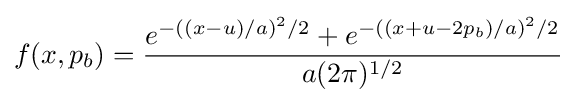
f(x,p_{b})={\frac {e^{-((x-u)/a)^{2}/2}+e^{-((x+u-2p_{b})/a)^{2}/2}}{a(2\pi )^{1/2}}}